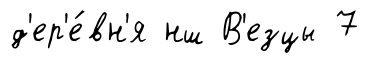
д'ер'е́вн'я нш В'езцы 7